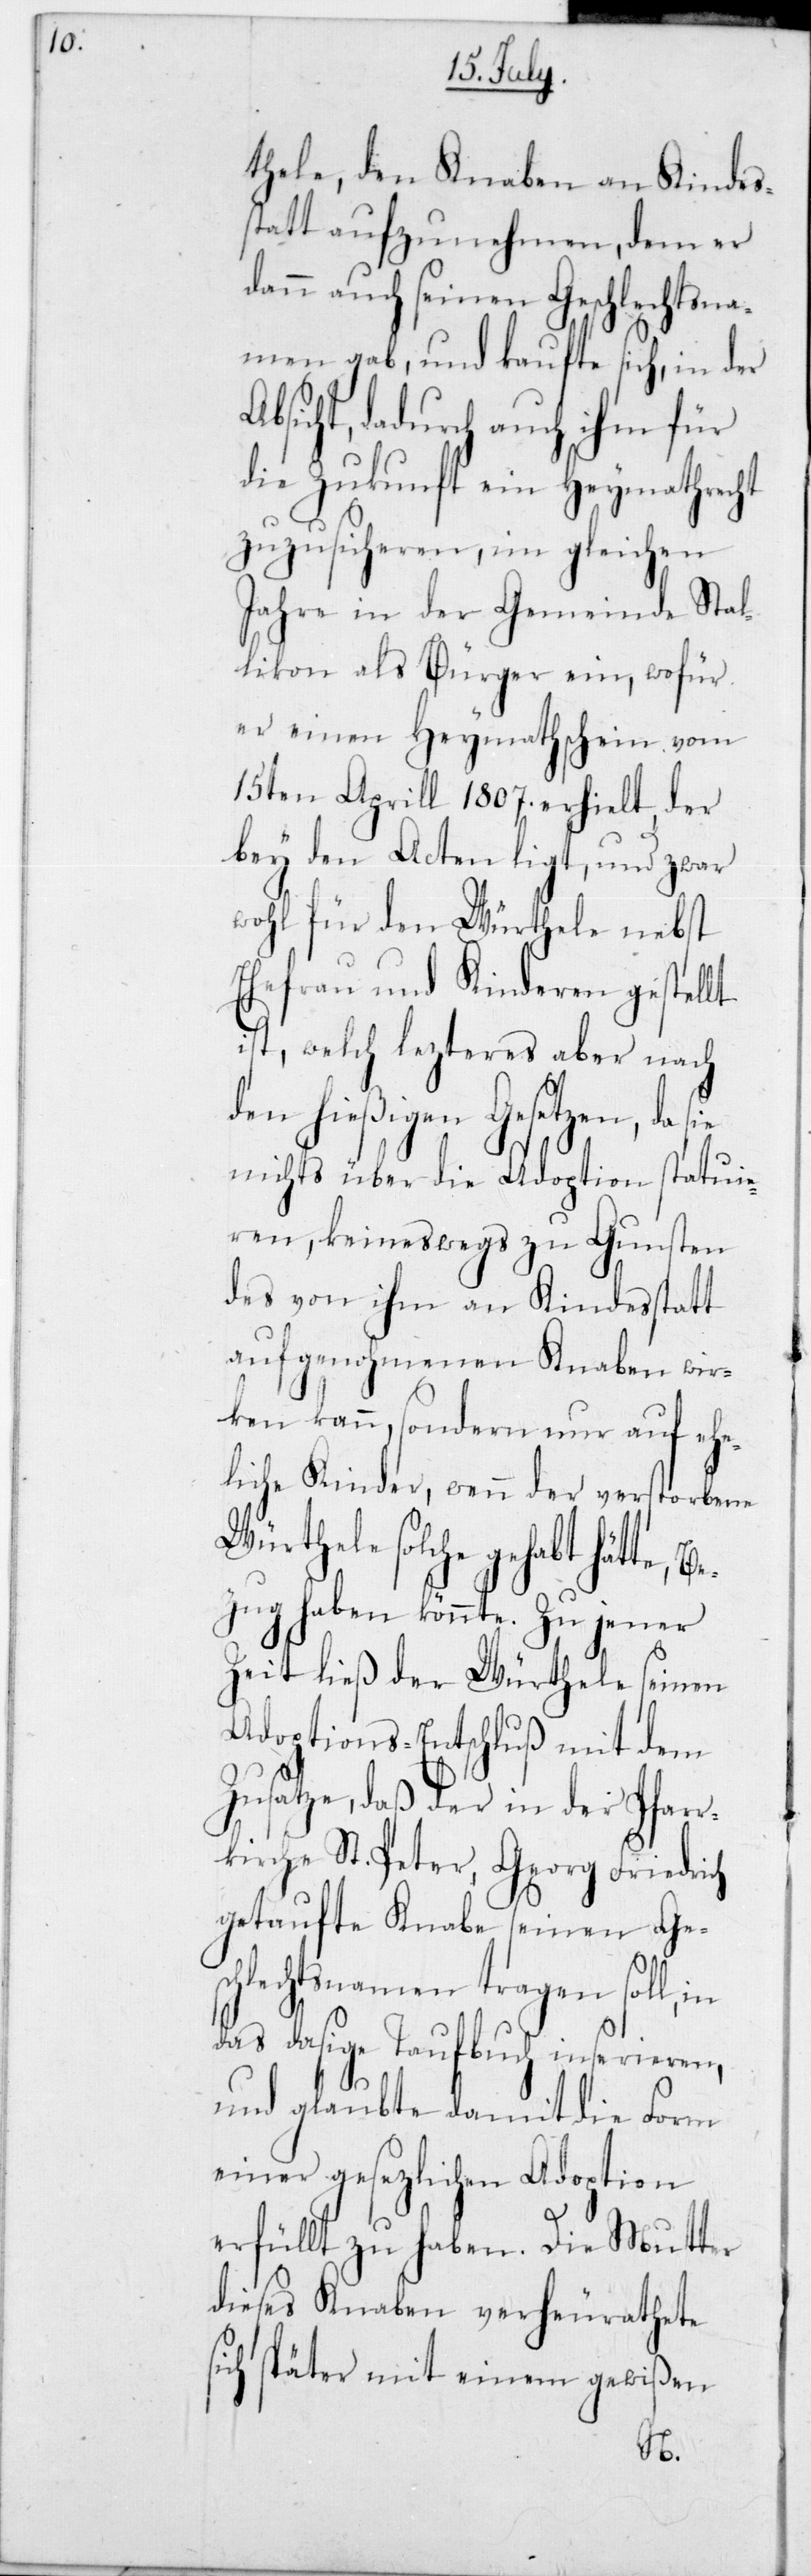
thele, den Knaben an Kindes¬
statt aufzunehmen, dem er
dann auch seinen Geschlechtsna¬
men gab, und kaufte sich, in der
bsicht, dadurch auch ihm für
die Zukunft ein Heymathrecht
zuzusicheren, im gleichen
Jahre in der Gemeinde Stal¬
likon als Bürger ein, wofür
er einen Heymathschein vom
15ten Aprill 1807 erhielt, der
bey den Acten ligt, und zwar
wohl für den Würthele nebst
A¬
Ehefrau und Kinderen gestellt
ist, welch lezteres aber nach
den hießigen Gesetzen, da
nichts über die Adoption statuie¬
ren, keineswegs zu Gunsten
des von ihm an Kindesstatt
aufgenohmenen Knaben wir¬
ken kann, sondern nur auf ehe¬
liche Kinder, wenn der verstorbene
Würthele solche gehabt hätte,
zug haben könnte. Zu jener
Zeit ließ der Würthele seinen
Adoptions-Entschluß mit dem
Zusatze, daß der in der Pfarr¬
kirche St. Peter, Georg Friedrich
getaufte Knabe seinen Ges¬
chlechtsnamen tragen soll, in
das dasige Taufbuch inserieren,
und glaubte damit die Form
einer gesezlichen Adoption
erfüllt zu haben. Die Mutter
dieses Knaben verheurathete
sich später mit einem gewißen
Be¬